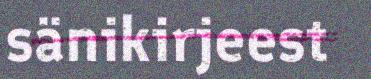
sänikirjeest